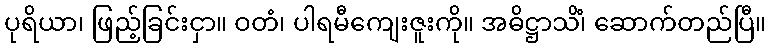
ပုရိယာ၊ ဖြည့်ခြင်းငှာ။ ဝတံ၊ ပါရမီကျေးဇူးကို။ အဓိဋ္ဌာသိံ၊ ဆောက်တည်ပြီ။